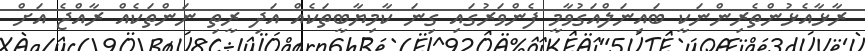
ރާޅާއެޅުންތެރިންނަކީ ބައިނަލްއަގުވާމީ ފެންވަރުގައި ގިނަ ކާމިޔާބީތަކެއް އަދި ރީތި ނަންތަކެއް ރާއްޖެ އަށް